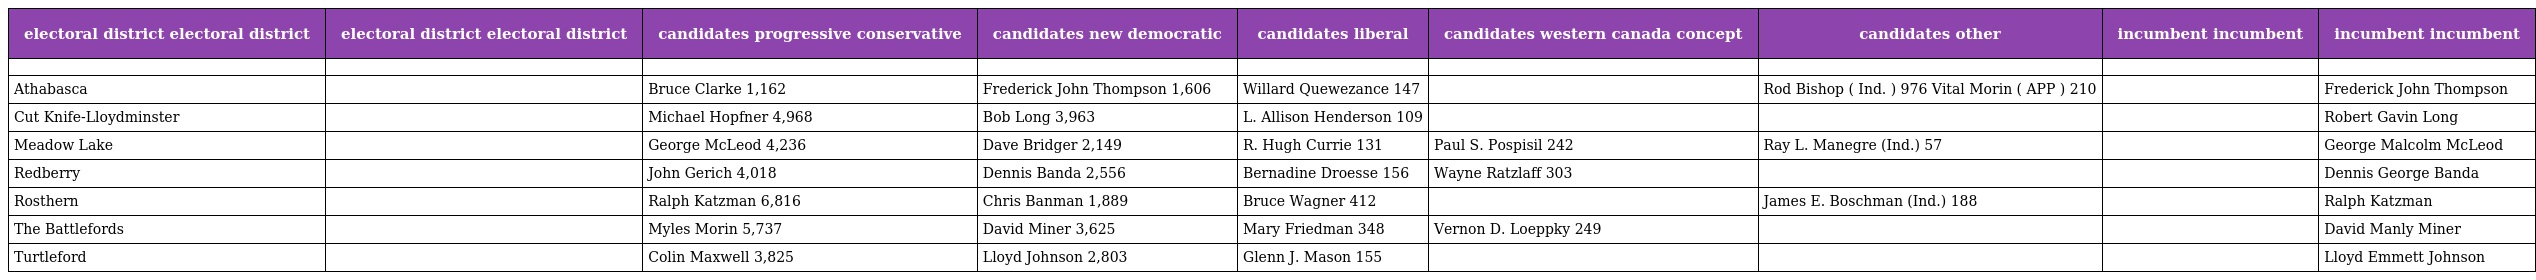
| electoral district electoral district | electoral district electoral district | candidates progressive conservative | candidates new democratic | candidates liberal | candidates western canada concept | candidates other | incumbent incumbent | incumbent incumbent |
 | --- | --- | --- | --- | --- | --- | --- | --- | --- |
 |  |  |  |  |  |  |  |  |  |
 | Athabasca |  | Bruce Clarke 1,162 | Frederick John Thompson 1,606 | Willard Quewezance 147 |  | Rod Bishop ( Ind. ) 976 Vital Morin ( APP ) 210 |  | Frederick John Thompson |
 | Cut Knife-Lloydminster |  | Michael Hopfner 4,968 | Bob Long 3,963 | L. Allison Henderson 109 |  |  |  | Robert Gavin Long |
 | Meadow Lake |  | George McLeod 4,236 | Dave Bridger 2,149 | R. Hugh Currie 131 | Paul S. Pospisil 242 | Ray L. Manegre (Ind.) 57 |  | George Malcolm McLeod |
 | Redberry |  | John Gerich 4,018 | Dennis Banda 2,556 | Bernadine Droesse 156 | Wayne Ratzlaff 303 |  |  | Dennis George Banda |
 | Rosthern |  | Ralph Katzman 6,816 | Chris Banman 1,889 | Bruce Wagner 412 |  | James E. Boschman (Ind.) 188 |  | Ralph Katzman |
 | The Battlefords |  | Myles Morin 5,737 | David Miner 3,625 | Mary Friedman 348 | Vernon D. Loeppky 249 |  |  | David Manly Miner |
 | Turtleford |  | Colin Maxwell 3,825 | Lloyd Johnson 2,803 | Glenn J. Mason 155 |  |  |  | Lloyd Emmett Johnson |